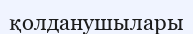
қолданушылары